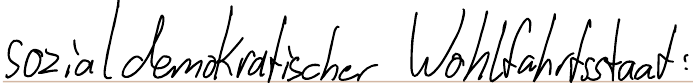
sozialdemokratischer Wohlfahrtsstaat: